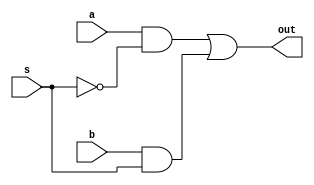
module mux2(out,a,b,s);
input a,b,s;
output out;
wire a1,a2,sc;
not(sc,s);
and(a1,a,sc);
and(a2,b,s);
or(out,a1,a2);
endmodule